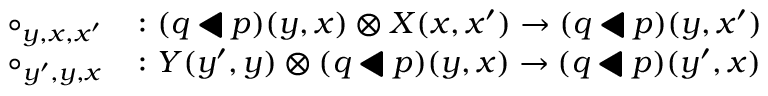
\begin{array} { r l } { \circ _ { y , x , x ^ { \prime } } } & { \colon ( q \mathbin { \blacktriangleleft } p ) ( y , x ) \otimes X ( x , x ^ { \prime } ) \to ( q \mathbin { \blacktriangleleft } p ) ( y , x ^ { \prime } ) } \\ { \circ _ { y ^ { \prime } , y , x } } & { \colon Y ( y ^ { \prime } , y ) \otimes ( q \mathbin { \blacktriangleleft } p ) ( y , x ) \to ( q \mathbin { \blacktriangleleft } p ) ( y ^ { \prime } , x ) } \end{array}